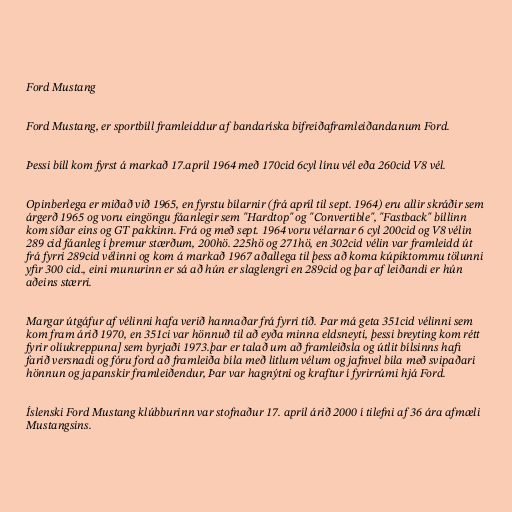
Ford Mustang

Ford Mustang, er sportbíll framleiddur af bandaríska bifreiðaframleiðandanum Ford.

Þessi bíll kom fyrst á markað 17.apríl 1964 með 170cid 6cyl línu vél eða 260cid V8 vél.

Opinberlega er miðað við 1965, en fyrstu bílarnir (frá apríl til sept. 1964) eru allir skráðir sem
árgerð 1965 og voru eingöngu fáanlegir sem "Hardtop" og "Convertible", "Fastback" bíllinn
kom síðar eins og GT pakkinn. Frá og með sept. 1964 voru vélarnar 6 cyl 200cid og V8 vélin
289 cid fáanleg í þremur stærðum, 200hö. 225hö og 271hö, en 302cid vélin var framleidd út
frá fyrri 289cid vélinni og kom á markað 1967 aðallega til þess að koma kúpiktommu tölunni
yfir 300 cid., eini munurinn er sá að hún er slaglengri en 289cid og þar af leiðandi er hún
aðeins stærri.

Margar útgáfur af vélinni hafa verið hannaðar frá fyrri tíð. Þar má geta 351cid vélinni sem
kom fram árið 1970, en 351ci var hönnuð til að eyða minna eldsneyti, þessi breyting kom rétt
fyrir olíukreppuna] sem byrjaði 1973.þar er talað um að framleiðsla og útlit bílsinns hafi
farið versnadi og fóru ford að framleiða bíla með litlum vélum og jafnvel bíla með svipaðari
hönnun og japanskir framleiðendur, Þar var hagnýtni og kraftur í fyrirrúmi hjá Ford.

Íslenski Ford Mustang klúbburinn var stofnaður 17. apríl árið 2000 í tilefni af 36 ára afmæli
Mustangsins.